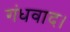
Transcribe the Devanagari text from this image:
गंधवाद।